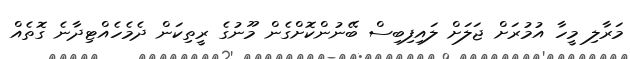
މަރާލި މީހާ އުމުރަށް ޖަލަށް ލައިފިބިސް ބޭނުންކޮށްގެން މޫނުގެ ރީތިކަން ދެމެހެއްޓިދާނެ ގޮތެއް